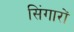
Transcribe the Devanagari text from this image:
सिंगारों